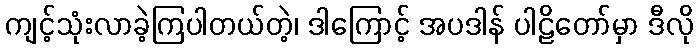
ကျင့်သုံးလာခဲ့ကြပါတယ်တဲ့၊ ဒါကြောင့် အပဒါန် ပါဠိတော်မှာ ဒီလို